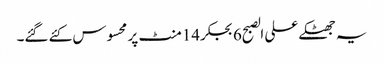
یہ جھٹکے علی الصبح6بجکر14منٹ پر محسوس کئے گئے۔